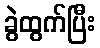
ခွဲထွက်ပြီး